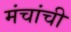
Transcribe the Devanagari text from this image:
मंचांची